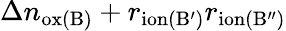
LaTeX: \Delta n_{\mathrm{ox(B)}}+r_{\mathrm{ion(B^{\prime})}}r_{\mathrm{ion(B^{\prime\prime})}}